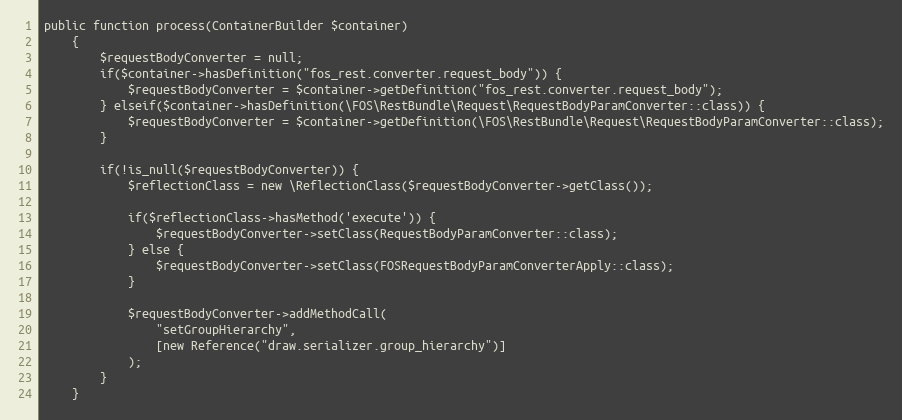
Language: PHP
public function process(ContainerBuilder $container)
    {
        $requestBodyConverter = null;
        if($container->hasDefinition("fos_rest.converter.request_body")) {
            $requestBodyConverter = $container->getDefinition("fos_rest.converter.request_body");
        } elseif($container->hasDefinition(\FOS\RestBundle\Request\RequestBodyParamConverter::class)) {
            $requestBodyConverter = $container->getDefinition(\FOS\RestBundle\Request\RequestBodyParamConverter::class);
        }

        if(!is_null($requestBodyConverter)) {
            $reflectionClass = new \ReflectionClass($requestBodyConverter->getClass());

            if($reflectionClass->hasMethod('execute')) {
                $requestBodyConverter->setClass(RequestBodyParamConverter::class);
            } else {
                $requestBodyConverter->setClass(FOSRequestBodyParamConverterApply::class);
            }

            $requestBodyConverter->addMethodCall(
                "setGroupHierarchy",
                [new Reference("draw.serializer.group_hierarchy")]
            );
        }
    }